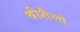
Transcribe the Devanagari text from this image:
श्रीशैल्ये